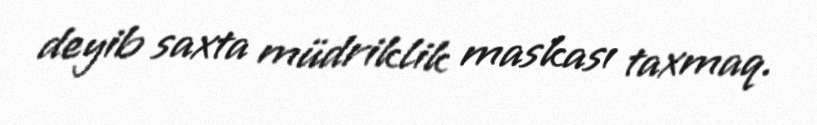
deyib saxta müdriklik maskası taxmaq.